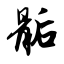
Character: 骺